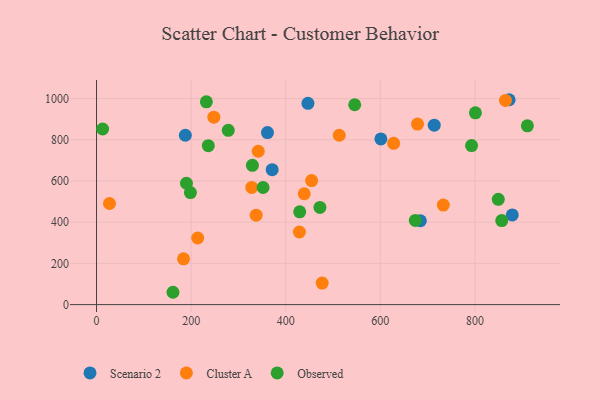
{"axis": {"x": "Ad Spend", "y": "Yield"}, "legend": ["Cluster A", "Observed", "Scenario 2"], "data": [{"x": "878.9", "y": 435.4, "type": "Scenario 2"}, {"x": "371.3", "y": 654.6, "type": "Scenario 2"}, {"x": "361.4", "y": 835.1, "type": "Scenario 2"}, {"x": "684.6", "y": 407.0, "type": "Scenario 2"}, {"x": "601.1", "y": 804.0, "type": "Scenario 2"}, {"x": "187.7", "y": 821.8, "type": "Scenario 2"}, {"x": "872.3", "y": 994.3, "type": "Scenario 2"}, {"x": "446.9", "y": 976.7, "type": "Scenario 2"}, {"x": "713.9", "y": 871.0, "type": "Scenario 2"}, {"x": "513.1", "y": 822.0, "type": "Cluster A"}, {"x": "213.9", "y": 323.3, "type": "Cluster A"}, {"x": "864.5", "y": 990.7, "type": "Cluster A"}, {"x": "477.0", "y": 104.5, "type": "Cluster A"}, {"x": "428.9", "y": 352.3, "type": "Cluster A"}, {"x": "628.1", "y": 782.7, "type": "Cluster A"}, {"x": "27.4", "y": 490.7, "type": "Cluster A"}, {"x": "678.6", "y": 876.0, "type": "Cluster A"}, {"x": "328.1", "y": 568.9, "type": "Cluster A"}, {"x": "439.1", "y": 537.9, "type": "Cluster A"}, {"x": "183.9", "y": 222.1, "type": "Cluster A"}, {"x": "248.0", "y": 909.4, "type": "Cluster A"}, {"x": "454.7", "y": 601.9, "type": "Cluster A"}, {"x": "337.5", "y": 434.2, "type": "Cluster A"}, {"x": "733.1", "y": 482.9, "type": "Cluster A"}, {"x": "341.9", "y": 744.2, "type": "Cluster A"}, {"x": "329.5", "y": 675.8, "type": "Observed"}, {"x": "801.0", "y": 930.7, "type": "Observed"}, {"x": "429.5", "y": 450.1, "type": "Observed"}, {"x": "198.5", "y": 543.8, "type": "Observed"}, {"x": "792.8", "y": 771.7, "type": "Observed"}, {"x": "352.1", "y": 568.4, "type": "Observed"}, {"x": "161.6", "y": 59.8, "type": "Observed"}, {"x": "12.9", "y": 852.2, "type": "Observed"}, {"x": "673.9", "y": 408.6, "type": "Observed"}, {"x": "190.1", "y": 589.0, "type": "Observed"}, {"x": "278.5", "y": 846.0, "type": "Observed"}, {"x": "910.8", "y": 867.6, "type": "Observed"}, {"x": "472.3", "y": 471.7, "type": "Observed"}, {"x": "236.3", "y": 771.1, "type": "Observed"}, {"x": "232.2", "y": 984.1, "type": "Observed"}, {"x": "856.6", "y": 408.0, "type": "Observed"}, {"x": "849.3", "y": 511.1, "type": "Observed"}, {"x": "545.8", "y": 969.8, "type": "Observed"}]}